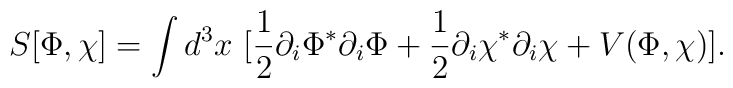
S[\Phi,\chi] = \int d^3 x \ [\frac{1}{2} \partial_i \Phi^* \partial_i \Phi + \frac{1}{2} \partial_i \chi^* \partial_i \chi + V(\Phi,\chi)].